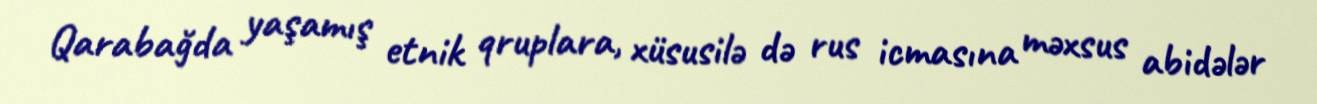
Qarabağda yaşamış etnik qruplara, xüsusilə də rus icmasına məxsus abidələr